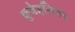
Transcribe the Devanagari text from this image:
क्रूवेइलियर